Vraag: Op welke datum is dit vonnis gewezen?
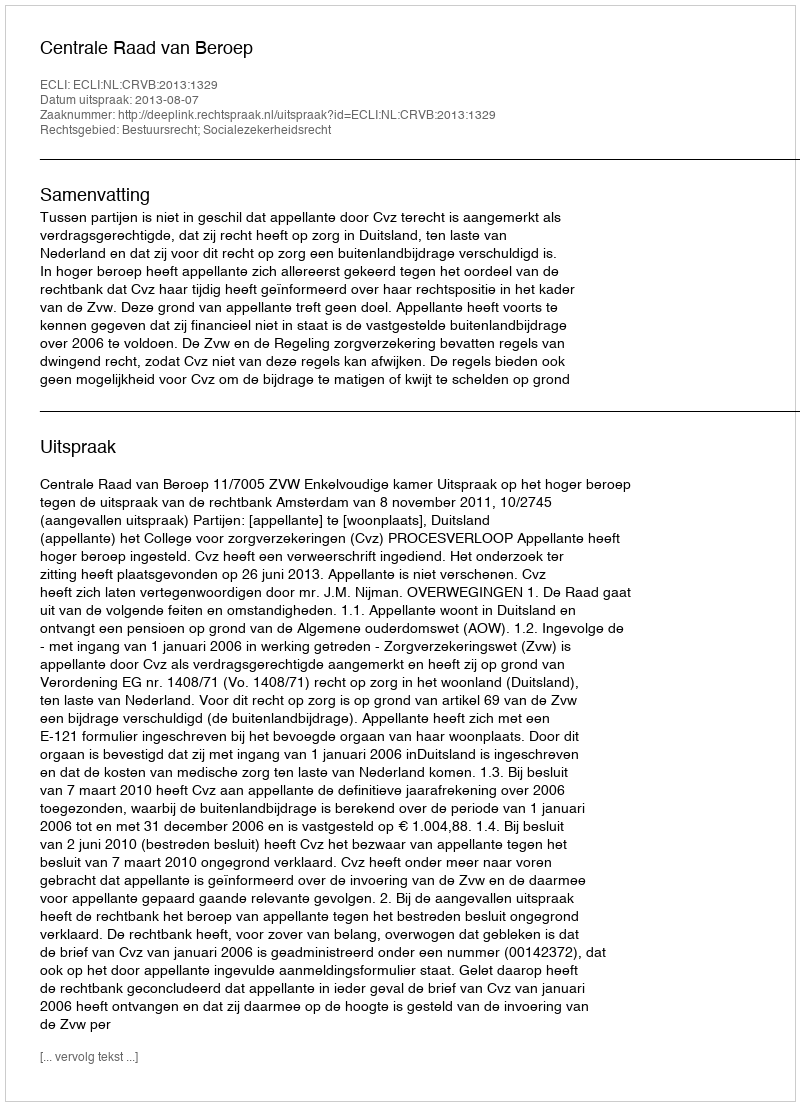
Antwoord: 2013-08-07